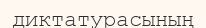
диктатурасының